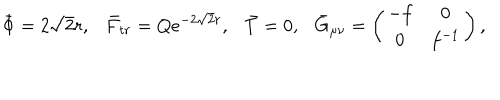
\bar { \Phi } = 2 \sqrt 2 r , \bar { F } _ { t r } = Q e ^ { - 2 \sqrt 2 r } , \bar { T } = 0 , { } \bar { G } _ { \mu \nu } = \left( \begin{array} { c c } { { - f } } & { { 0 } } \\ { { 0 } } & { { f ^ { - 1 } } } \\ \end{array} \right) ,